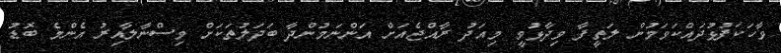
ވާހަކަފުޅުދައްކަވަމުން ލަތީފާ ވިދާޅުވީ މިއަދު ރާއްޖެއަށް އަންނަމުންދާ ބަދަލުތަކަށް ވިސްނާލާއިރު އެންމެ ބޮޑު